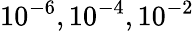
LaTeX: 10^{-6},10^{-4},10^{-2}